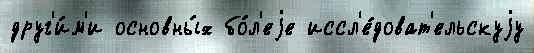
друг'и́м'и основны́х бо́л'еjе иссл'е́доват'ельскуjу